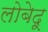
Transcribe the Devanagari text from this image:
लोबेदू